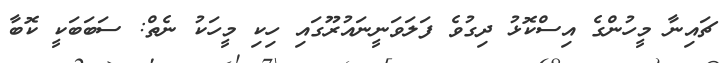
ޗައިނާ މީހުންގެ އިސްކޮޅު ދިގުވެ ފަލަވަނީނައުރޫގައި ހިކި މީހަކު ނެތް: ސަބަބަކީ ކޮބާ